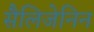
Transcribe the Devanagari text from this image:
सैलिजेनिन